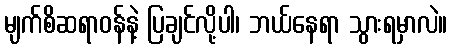
မျက်စိဆရာဝန်နဲ့ ပြချင်လို့ပါ၊ ဘယ်နေရာ သွားရမှာလဲ။